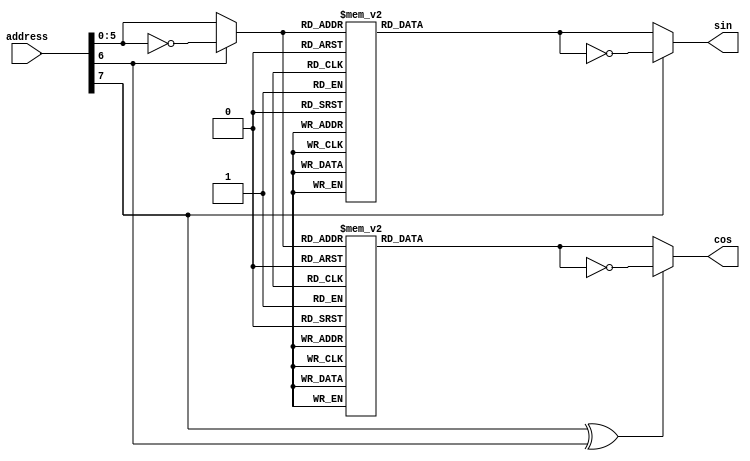
// SPDX-FileCopyrightText: 2022 Ryan M Price
//
// Licensed under the Apache License, Version 2.0 (the "License");
// you may not use this file except in compliance with the License.
// You may obtain a copy of the License at
//
//      http://www.apache.org/licenses/LICENSE-2.0
//
// Unless required by applicable law or agreed to in writing, software
// distributed under the License is distributed on an "AS IS" BASIS,
// WITHOUT WARRANTIES OR CONDITIONS OF ANY KIND, either express or implied.
// See the License for the specific language governing permissions and
// limitations under the License.
// SPDX-License-Identifier: Apache-2.0

//////////////////////////////////////////////////
////////////cosine Wave ROM Table//////////////
//////////////////////////////////////////////////
// produces a 16-bit, approximation of a cosine and sine wave, given an input phase (address)
module WaveTblCosSin #(
  parameter A = 8
, parameter D = 16
) (
  input [A-1:0] address
, output wire [D-1:0] cos
, output wire [D-1:0] sin
);
  
  reg  [D-1:0] cosine, sine;
  wire [A-3:0] addra = ( address[A-2] == 1'b0     )   ?  address : ~address;
  wire [A-3:0] addrb = ( address[A-2])                ? ~address :  address;
  assign       cos   = ( address[A-1] ^ address[A-2]) ? ~cosine  :  cosine;
  assign       sin   = ( address[A-1])                ? ~sine    :  sine;
  
  always @*
    case(addra)
      6'd0:  cosine = 16'd65535;
      6'd1:  cosine = 16'd65525;
      6'd2:  cosine = 16'd65495;
      6'd3:  cosine = 16'd65445;
      6'd4:  cosine = 16'd65375;
      6'd5:  cosine = 16'd65286;
      6'd6:  cosine = 16'd65177;
      6'd7:  cosine = 16'd65048;
      6'd8:  cosine = 16'd64900;
      6'd9:  cosine = 16'd64732;
      6'd10: cosine = 16'd64545;
      6'd11: cosine = 16'd64338;
      6'd12: cosine = 16'd64113;
      6'd13: cosine = 16'd63868;
      6'd14: cosine = 16'd63604;
      6'd15: cosine = 16'd63322;
      6'd16: cosine = 16'd63021;
      6'd17: cosine = 16'd62702;
      6'd18: cosine = 16'd62364;
      6'd19: cosine = 16'd62009;
      6'd20: cosine = 16'd61636;
      6'd21: cosine = 16'd61245;
      6'd22: cosine = 16'd60837;
      6'd23: cosine = 16'd60412;
      6'd24: cosine = 16'd59970;
      6'd25: cosine = 16'd59512;
      6'd26: cosine = 16'd59037;
      6'd27: cosine = 16'd58547;
      6'd28: cosine = 16'd58041;
      6'd29: cosine = 16'd57519;
      6'd30: cosine = 16'd56982;
      6'd31: cosine = 16'd56431;
      6'd32: cosine = 16'd55866;
      6'd33: cosine = 16'd55286;
      6'd34: cosine = 16'd54693;
      6'd35: cosine = 16'd54086;
      6'd36: cosine = 16'd53467;
      6'd37: cosine = 16'd52834;
      6'd38: cosine = 16'd52190;
      6'd39: cosine = 16'd51534;
      6'd40: cosine = 16'd50867;
      6'd41: cosine = 16'd50188;
      6'd42: cosine = 16'd49499;
      6'd43: cosine = 16'd48800;
      6'd44: cosine = 16'd48091;
      6'd45: cosine = 16'd47373;
      6'd46: cosine = 16'd46646;
      6'd47: cosine = 16'd45910;
      6'd48: cosine = 16'd45167;
      6'd49: cosine = 16'd44416;
      6'd50: cosine = 16'd43657;
      6'd51: cosine = 16'd42893;
      6'd52: cosine = 16'd42122;
      6'd53: cosine = 16'd41345;
      6'd54: cosine = 16'd40564;
      6'd55: cosine = 16'd39777;
      6'd56: cosine = 16'd38986;
      6'd57: cosine = 16'd38192;
      6'd58: cosine = 16'd37394;
      6'd59: cosine = 16'd36593;
      6'd60: cosine = 16'd35790;
      6'd61: cosine = 16'd34986;
      6'd62: cosine = 16'd34179;
      6'd63: cosine = 16'd33373;
    endcase
  
  always @*
    case(addrb)
      6'd0:  sine = 16'd32767;
      6'd1:  sine = 16'd33574;
      6'd2:  sine = 16'd34381;
      6'd3:  sine = 16'd35187;
      6'd4:  sine = 16'd35991;
      6'd5:  sine = 16'd36794;
      6'd6:  sine = 16'd37594;
      6'd7:  sine = 16'd38391;
      6'd8:  sine = 16'd39184;
      6'd9:  sine = 16'd39974;
      6'd10: sine = 16'd40759;
      6'd11: sine = 16'd41540;
      6'd12: sine = 16'd42315;
      6'd13: sine = 16'd43084;
      6'd14: sine = 16'd43848;
      6'd15: sine = 16'd44604;
      6'd16: sine = 16'd45353;
      6'd17: sine = 16'd46095;
      6'd18: sine = 16'd46828;
      6'd19: sine = 16'd47553;
      6'd20: sine = 16'd48269;
      6'd21: sine = 16'd48976;
      6'd22: sine = 16'd49672;
      6'd23: sine = 16'd50359;
      6'd24: sine = 16'd51035;
      6'd25: sine = 16'd51699;
      6'd26: sine = 16'd52352;
      6'd27: sine = 16'd52994;
      6'd28: sine = 16'd53623;
      6'd29: sine = 16'd54239;
      6'd30: sine = 16'd54842;
      6'd31: sine = 16'd55432;
      6'd32: sine = 16'd56008;
      6'd33: sine = 16'd56570;
      6'd34: sine = 16'd57118;
      6'd35: sine = 16'd57651;
      6'd36: sine = 16'd58168;
      6'd37: sine = 16'd58671;
      6'd38: sine = 16'd59157;
      6'd39: sine = 16'd59628;
      6'd40: sine = 16'd60082;
      6'd41: sine = 16'd60520;
      6'd42: sine = 16'd60940;
      6'd43: sine = 16'd61344;
      6'd44: sine = 16'd61731;
      6'd45: sine = 16'd62099;
      6'd46: sine = 16'd62450;
      6'd47: sine = 16'd62783;
      6'd48: sine = 16'd63098;
      6'd49: sine = 16'd63394;
      6'd50: sine = 16'd63672;
      6'd51: sine = 16'd63931;
      6'd52: sine = 16'd64171;
      6'd53: sine = 16'd64392;
      6'd54: sine = 16'd64593;
      6'd55: sine = 16'd64776;
      6'd56: sine = 16'd64939;
      6'd57: sine = 16'd65082;
      6'd58: sine = 16'd65206;
      6'd59: sine = 16'd65310;
      6'd60: sine = 16'd65395;
      6'd61: sine = 16'd65459;
      6'd62: sine = 16'd65504;
      6'd63: sine = 16'd65529;
    endcase
  
endmodule